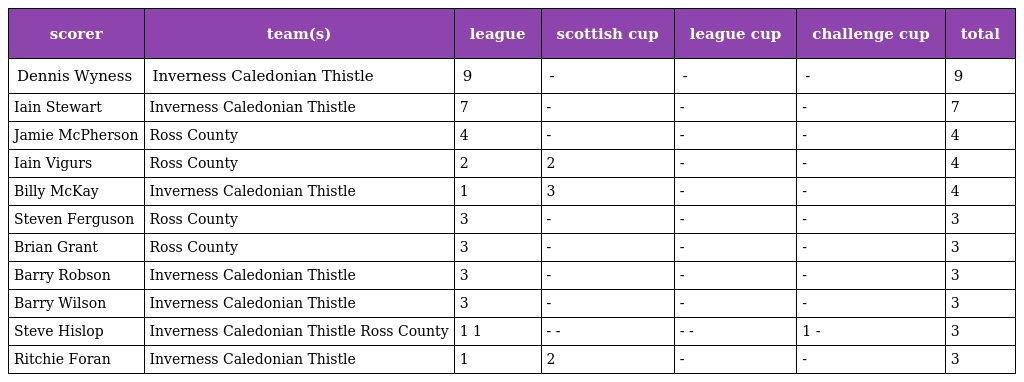
| scorer | team(s) | league | scottish cup | league cup | challenge cup | total |
 | --- | --- | --- | --- | --- | --- | --- |
 | Dennis Wyness | Inverness Caledonian Thistle | 9 | - | - | - | 9 |
 | Iain Stewart | Inverness Caledonian Thistle | 7 | - | - | - | 7 |
 | Jamie McPherson | Ross County | 4 | - | - | - | 4 |
 | Iain Vigurs | Ross County | 2 | 2 | - | - | 4 |
 | Billy McKay | Inverness Caledonian Thistle | 1 | 3 | - | - | 4 |
 | Steven Ferguson | Ross County | 3 | - | - | - | 3 |
 | Brian Grant | Ross County | 3 | - | - | - | 3 |
 | Barry Robson | Inverness Caledonian Thistle | 3 | - | - | - | 3 |
 | Barry Wilson | Inverness Caledonian Thistle | 3 | - | - | - | 3 |
 | Steve Hislop | Inverness Caledonian Thistle Ross County | 1 1 | - - | - - | 1 - | 3 |
 | Ritchie Foran | Inverness Caledonian Thistle | 1 | 2 | - | - | 3 |